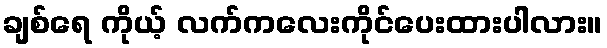
ချစ်ရေ ကိုယ့် လက်ကလေးကိုင်ပေးထားပါလား။